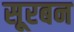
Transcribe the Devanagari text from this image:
सूरबन